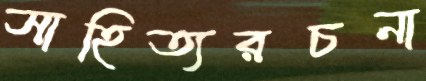
সাহিত্যরচনা